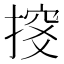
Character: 𢱇